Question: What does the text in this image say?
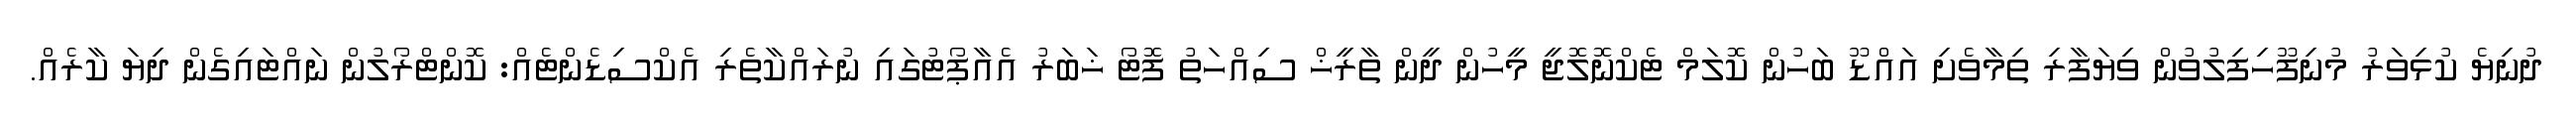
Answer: ދުނިޔެ ކުޅިވަރު މުނިފޫހިފިލުވުން ވިޔަފާރި ތިމާވެށި އައްޑޫ ބަހުން ކޮލަމް ޓެކްނޮލޮޖީ މީހުން ދީން ތާރީޚް ސިއްހަތު ފޮޓޯ ޚަބަރު އެއާޕޯޓުގައި ނުރައްކާތެރި އެކްސިޑެންޓެއް: ކޮންޓްރޯލުން ނައްޓައިގެން ދިޔަ ކާރެއް.